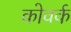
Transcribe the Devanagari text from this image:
कोवर्क